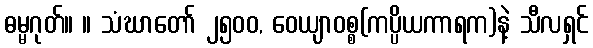
ဓမ္မဂုတ်။ ။ သံဃာတော် ၂၅၀၀, ဝေယျာဝစ္စ(ကပ္ပိယကာရက)နဲ့ သီလရှင်